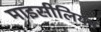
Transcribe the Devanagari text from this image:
माइसीलियम